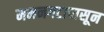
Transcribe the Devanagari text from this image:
ममनगटापासून